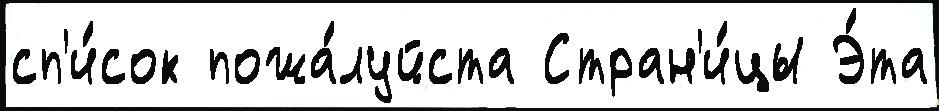
сп'и́сок пожа́луйста Стран'и́цы Э́та